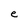
Character: e